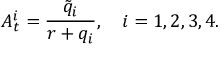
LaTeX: A _ { t } ^ { i } = \frac { \tilde { q } _ { i } } { r + q _ { i } } , \ \ \ i = 1 , 2 , 3 , 4 .